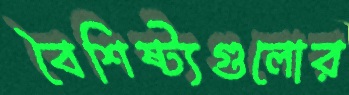
বৈশিষ্ট্যগুলোর